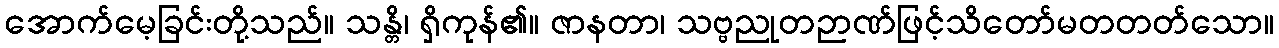
အောက်မေ့ခြင်းတို့သည်။ သန္တိ၊ ရှိကုန်၏။ ဇာနတာ၊ သဗ္ဗညုတဉာဏ်ဖြင့်သိတော်မတတတ်သော။